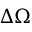
\Delta \boldsymbol { \Omega }